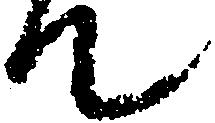
て